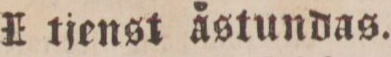
I tjenst åstundas.